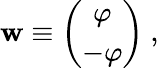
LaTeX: \mathbf{w}\equiv\left(\begin{array}{c}{{\varphi}}\\ {{-\varphi}}\end{array}\right)~,